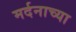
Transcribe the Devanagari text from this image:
मर्दनाच्या